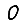
Digit: 0